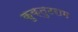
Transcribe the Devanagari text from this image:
कुक्तुटराम